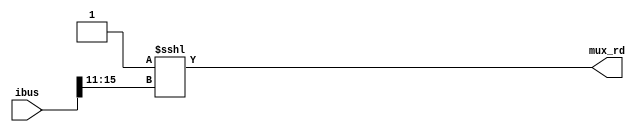
`timescale 1ns / 1ps
//////////////////////////////////////////////////////////////////////////////////
// Sam Bolduc and Aryan Mehrotra
// 
// Module Name: RD Decoder
// Project Name: Assignment 4
//////////////////////////////////////////////////////////////////////////////////


module rd_decoder(ibus, mux_rd);
    input[31:0] ibus;
    output[31:0] mux_rd;
    
    wire[4:0] rd_val = ibus[15:11];
    integer rd_int;
    
    always@(rd_val) begin
        rd_int = rd_val;
    end
        
    assign mux_rd = 32'b1 <<< rd_int;  
    
endmodule